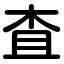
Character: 査